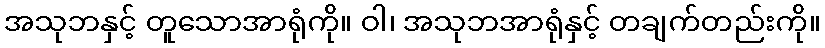
အသုဘနှင့် တူသောအာရုံကို။ ဝါ၊ အသုဘအာရုံနှင့် တချက်တည်းကို။